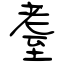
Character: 耋